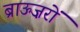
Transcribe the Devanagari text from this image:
ब्राऊज़रों